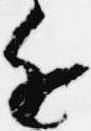
近